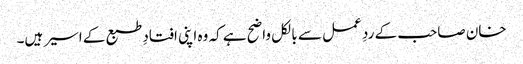
خان صاحب کے ردِ عمل سے بالکل واضح ہے کہ وہ اپنی افتادِ طبع کے اسیر ہیں۔